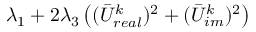
\lambda _ { 1 } + 2 \lambda _ { 3 } \left( ( \bar { U } _ { r e a l } ^ { k } ) ^ { 2 } + ( \bar { U } _ { i m } ^ { k } ) ^ { 2 } \right)